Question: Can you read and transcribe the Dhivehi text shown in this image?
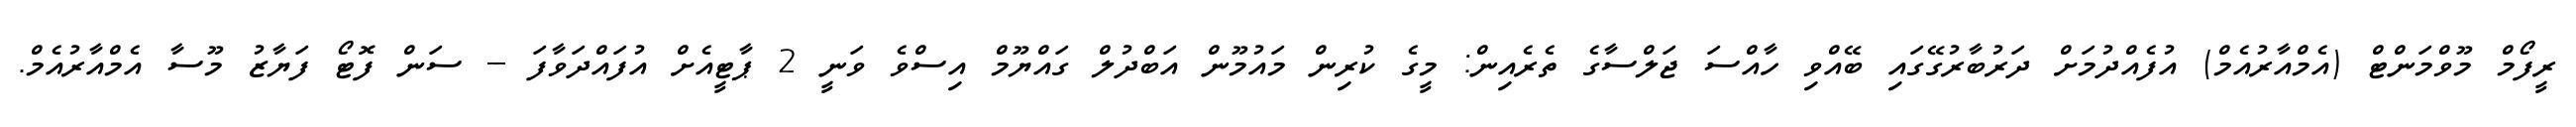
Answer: ރީފޯމް މޫވްމަންޓް (އެމްއާރުއެމް) އުފެއްދުމަށް ދަރުބާރުގޭގައި ބޭއްވި ހާއްސަ ޖަލްސާގެ ތެރެއިން: މީގެ ކުރިން މައުމޫން އަބްދުލް ގައްޔޫމް އިސްވެ ވަނީ 2 ޕާޓީއެށް އުފައްދަވާފަ -- ސަން ފޮޓޯ ފަޔާޒު މޫސާ އެމްއާރުއެމް.